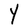
Character: Y